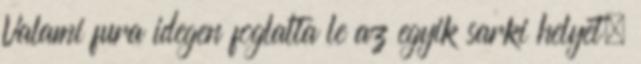
Valami fura idegen foglalta le az egyik sarki helyet.